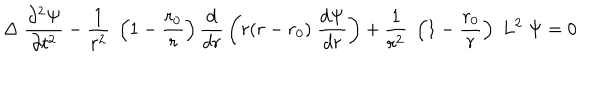
\Delta \; { \frac { \partial ^ { 2 } \Psi } { \partial t ^ { 2 } } } - { \frac { 1 } { r ^ { 2 } } } \; \left( 1 - { \frac { r _ { 0 } } { r } } \right) { \frac { d } { d r } } \left( r ( r - r _ { 0 } ) \; { \frac { d \Psi } { d r } } \right) + { \frac { 1 } { r ^ { 2 } } } \; \left( 1 - { \frac { r _ { 0 } } { r } } \right) \; L ^ { 2 } \; \Psi = 0